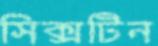
সিক্সটিন